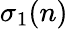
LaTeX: \sigma_{1}(n)